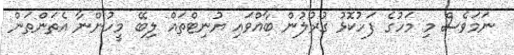
ނަމަވެސް މި މަހުގެ ފަހުކޮޅު ގުރުލުން ބާއްވައި ޔުނިޓްތައް ލިބޭ މީހުންނާ އެތަންތަން